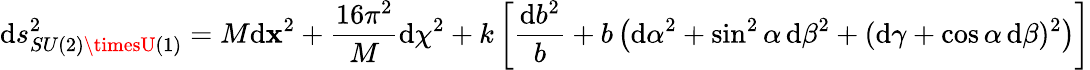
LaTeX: \mathrm{d}s_{SU(2)\timesU(1)}^{2}=M\mathrm{d}{\mathbf{x}}^{2}+{\frac{{16\pi^{2}}}{{M}}}\mathrm{d}\chi^{2}+k\left[{\frac{{\mathrm{d}b^{2}}}{{b}}}+b\left(\mathrm{d}\alpha^{2}+\sin^{2}\alpha\, \mathrm{d}\beta^{2}+(\mathrm{d}\gamma+\cos\alpha\, \mathrm{d}\beta)^{2}\right)\right]